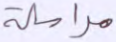
مراسلة